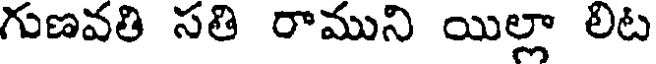
గుణవతి సతి రాముని యిల్లా లిట